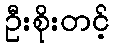
ဦးစိုးတင့်